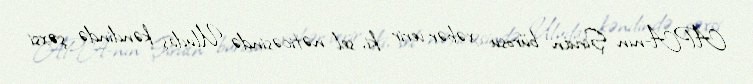
APA-nın Şirvan bürosu xəbər verir ki, sel nəticəsində Uludaş kəndində şəxsi